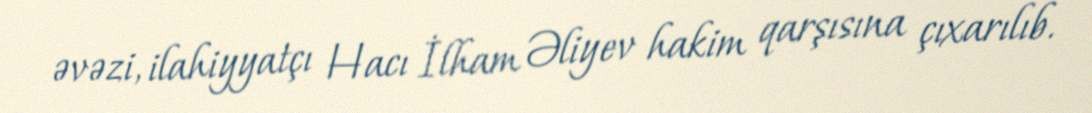
əvəzi, ilahiyyatçı Hacı İlham Əliyev hakim qarşısına çıxarılıb.